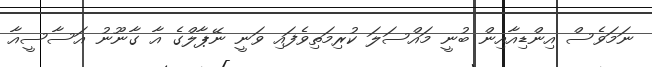
ނަމަވެސް އިންޑިއާއިން ބުނީ މައްސަލަ ކުރިމަތިވެފައި ވަނީ ނޭޕާލްގެ އާ ގާނޫނު އަސާސީއާ